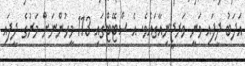
އަދަބު ދީފައި ވަނީ ވަރޖީނިއާގައެވެ. އެ ސްޓޭޓްގައި 113 މީހުންނަށް މަރުގެ ދީފައި